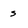
Character: s